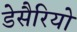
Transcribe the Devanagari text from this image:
डेसैरियो